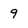
Character: 9